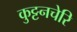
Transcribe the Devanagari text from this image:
कुट्टनचेरि